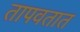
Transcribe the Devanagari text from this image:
तापवतात